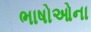
ભાષોઓના